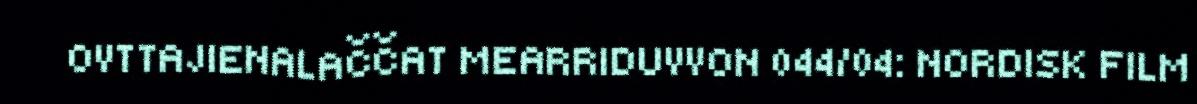
OVTTAJIENALAČČAT MEARRIDUVVON 044/04: NORDISK FILM